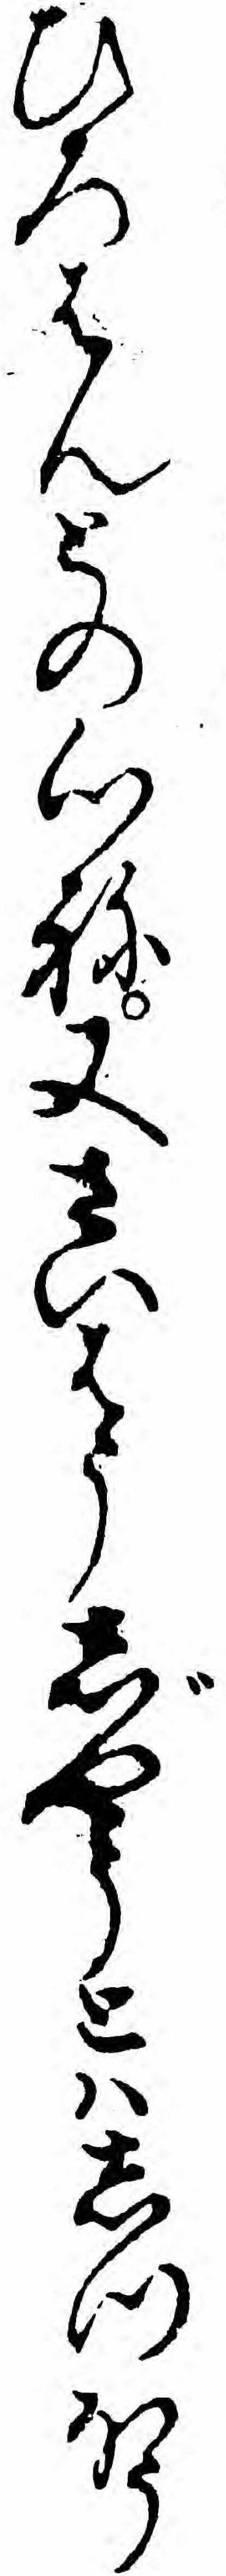
ひろはんとの心ね又さいはうじやうとハしつほう